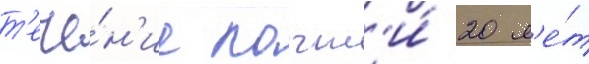
т'ече́н'ие почт'и́ 20 л'е́т